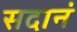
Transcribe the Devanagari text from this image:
सदानं